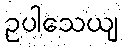
ဥပါသေယျ